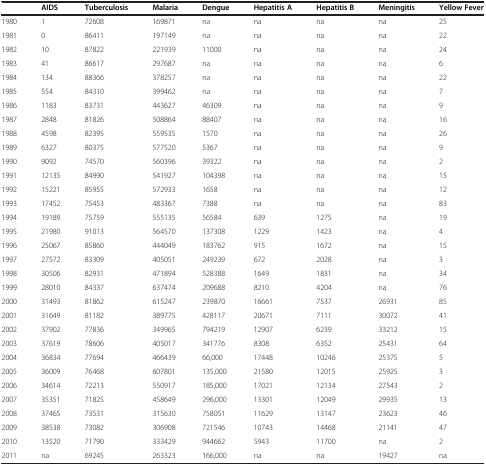
<table><thead><tr><td><b> </b></td><td><b>AIDS</b></td><td><b>Tuberculosis</b></td><td><b>Malaria</b></td><td><b>Dengue</b></td><td><b>Hepatitis A</b></td><td><b>Hepatitis B</b></td><td><b>Meningitis</b></td><td><b>Yellow Fever</b></td></tr></thead><tbody><tr><td>1980</td><td>1</td><td>72608</td><td>169871</td><td>na</td><td>na</td><td>na</td><td>na</td><td>25</td></tr><tr><td>1981</td><td>0</td><td>86411</td><td>197149</td><td>na</td><td>na</td><td>na</td><td>na</td><td>22</td></tr><tr><td>1982</td><td>10</td><td>87822</td><td>221939</td><td>11000</td><td>na</td><td>na</td><td>na</td><td>24</td></tr><tr><td>1983</td><td>41</td><td>86617</td><td>297687</td><td>na</td><td>na</td><td>na</td><td>na</td><td>6</td></tr><tr><td>1984</td><td>134</td><td>88366</td><td>378257</td><td>na</td><td>na</td><td>na</td><td>na</td><td>22</td></tr><tr><td>1985</td><td>554</td><td>84310</td><td>399462</td><td>na</td><td>na</td><td>na</td><td>na</td><td>7</td></tr><tr><td>1986</td><td>1183</td><td>83731</td><td>443627</td><td>46309</td><td>na</td><td>na</td><td>na</td><td>9</td></tr><tr><td>1987</td><td>2848</td><td>81826</td><td>508864</td><td>88407</td><td>na</td><td>na</td><td>na</td><td>16</td></tr><tr><td>1988</td><td>4598</td><td>82395</td><td>559535</td><td>1570</td><td>na</td><td>na</td><td>na</td><td>26</td></tr><tr><td>1989</td><td>6327</td><td>80375</td><td>577520</td><td>5367</td><td>na</td><td>na</td><td>na</td><td>9</td></tr><tr><td>1990</td><td>9092</td><td>74570</td><td>560396</td><td>39322</td><td>na</td><td>na</td><td>na</td><td>2</td></tr><tr><td>1991</td><td>12135</td><td>84990</td><td>541927</td><td>104398</td><td>na</td><td>na</td><td>na</td><td>15</td></tr><tr><td>1992</td><td>15221</td><td>85955</td><td>572933</td><td>1658</td><td>na</td><td>na</td><td>na</td><td>12</td></tr><tr><td>1993</td><td>17452</td><td>75453</td><td>483367</td><td>7388</td><td>na</td><td>na</td><td>na</td><td>83</td></tr><tr><td>1994</td><td>19189</td><td>75759</td><td>555135</td><td>56584</td><td>639</td><td>1275</td><td>na</td><td>19</td></tr><tr><td>1995</td><td>21980</td><td>91013</td><td>564570</td><td>137308</td><td>1229</td><td>1423</td><td>na</td><td>4</td></tr><tr><td>1996</td><td>25067</td><td>85860</td><td>444049</td><td>183762</td><td>915</td><td>1672</td><td>na</td><td>15</td></tr><tr><td>1997</td><td>27572</td><td>83309</td><td>405051</td><td>249239</td><td>672</td><td>2028</td><td>na</td><td>3</td></tr><tr><td>1998</td><td>30506</td><td>82931</td><td>471894</td><td>528388</td><td>1649</td><td>1831</td><td>na</td><td>34</td></tr><tr><td>1999</td><td>28010</td><td>84337</td><td>637474</td><td>209688</td><td>8210</td><td>4204</td><td>na</td><td>76</td></tr><tr><td>2000</td><td>31493</td><td>81862</td><td>615247</td><td>239870</td><td>16661</td><td>7537</td><td>26931</td><td>85</td></tr><tr><td>2001</td><td>31649</td><td>81182</td><td>389775</td><td>428117</td><td>20671</td><td>7111</td><td>30072</td><td>41</td></tr><tr><td>2002</td><td>37902</td><td>77836</td><td>349965</td><td>794219</td><td>12907</td><td>6239</td><td>33212</td><td>15</td></tr><tr><td>2003</td><td>37619</td><td>78606</td><td>405017</td><td>341776</td><td>8308</td><td>6352</td><td>25431</td><td>64</td></tr><tr><td>2004</td><td>36834</td><td>77694</td><td>466439</td><td>66,000</td><td>17448</td><td>10246</td><td>25375</td><td>5</td></tr><tr><td>2005</td><td>36009</td><td>76468</td><td>607801</td><td>135,000</td><td>21580</td><td>12015</td><td>25925</td><td>3</td></tr><tr><td>2006</td><td>34614</td><td>72213</td><td>550917</td><td>185,000</td><td>17021</td><td>12134</td><td>27543</td><td>2</td></tr><tr><td>2007</td><td>35351</td><td>71825</td><td>458649</td><td>296,000</td><td>13301</td><td>12049</td><td>29935</td><td>13</td></tr><tr><td>2008</td><td>37465</td><td>73531</td><td>315630</td><td>758051</td><td>11629</td><td>13147</td><td>23623</td><td>46</td></tr><tr><td>2009</td><td>38538</td><td>73082</td><td>306908</td><td>721546</td><td>10743</td><td>14468</td><td>21141</td><td>47</td></tr><tr><td>2010</td><td>13520</td><td>71790</td><td>333429</td><td>944662</td><td>5943</td><td>11700</td><td>na</td><td>2</td></tr><tr><td>2011</td><td>na</td><td>69245</td><td>263323</td><td>166,000</td><td>na</td><td>na</td><td>19427</td><td>na</td></tr></tbody></table>